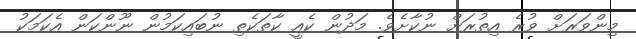
މިންވަރަށް ވުރެ އިތުރަށް ނުކާށެވެ. މަދުން ކެއީ ކާތަކެތި ނުބައިކަމުން ނޫންކަން އެކަމަކު